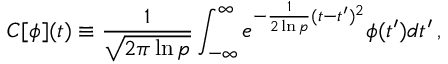
{ \cal C } [ \phi ] ( t ) \equiv { \frac { 1 } { \sqrt { 2 \pi \ln p } } } \int _ { - \infty } ^ { \infty } { e ^ { - { \frac { 1 } { 2 \ln p } } ( t - t ^ { \prime } ) ^ { 2 } } \phi ( t ^ { \prime } ) d t ^ { \prime } } \, ,